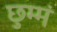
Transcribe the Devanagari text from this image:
छुम्मं